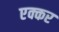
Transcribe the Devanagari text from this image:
एक्कर